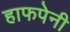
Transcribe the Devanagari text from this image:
हाफपेनी